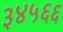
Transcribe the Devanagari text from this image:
३४५६६